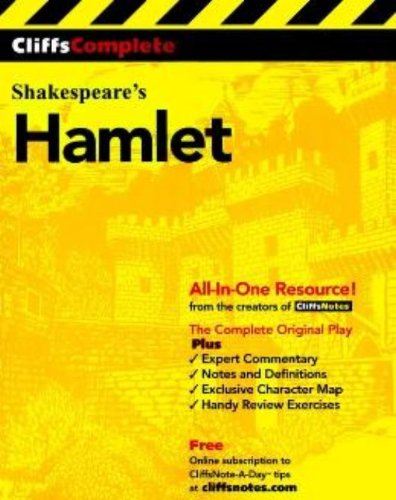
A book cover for CliffsComplete Shakespeare's Hamlet; William Shakespeare; Literature & Fiction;